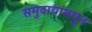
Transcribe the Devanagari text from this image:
समुदायांमधून